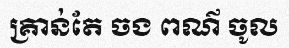
គ្រាន់តែ ចង ពណ៌ ចូល